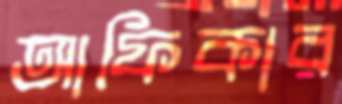
আফিকার